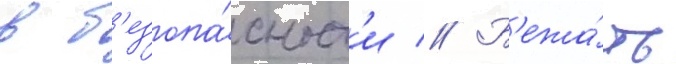
в б'езопа́сност'и // Б'ежа́ть